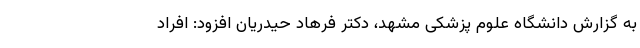
به گزارش دانشگاه علوم پزشکی مشهد، دکتر فرهاد حیدریان افزود: افراد